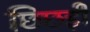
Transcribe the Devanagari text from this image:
छिछड़ी